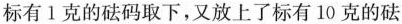
标有1克的砝码取下，又放上了标有10克的砝